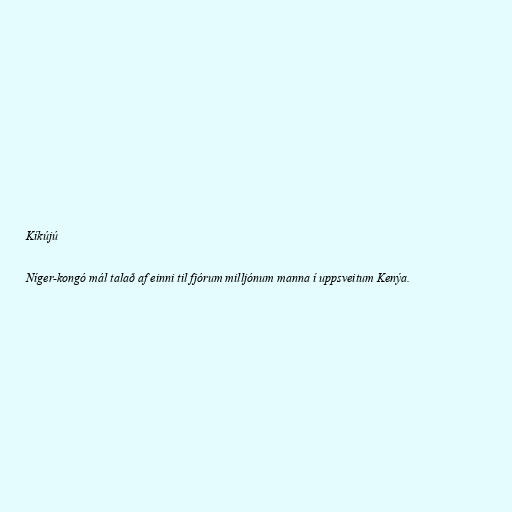
Kíkújú

Níger-kongó mál talað af einni til fjórum milljónum manna í uppsveitum Kenýa.